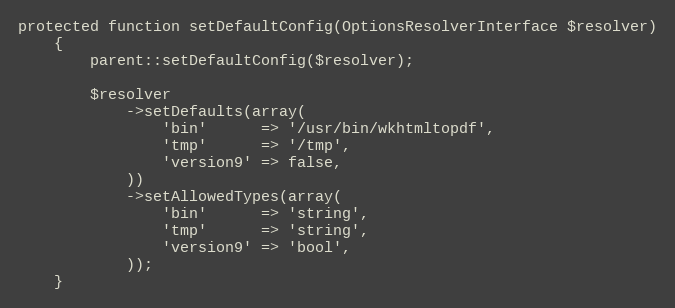
Language: PHP
protected function setDefaultConfig(OptionsResolverInterface $resolver)
    {
        parent::setDefaultConfig($resolver);

        $resolver
            ->setDefaults(array(
                'bin'      => '/usr/bin/wkhtmltopdf',
                'tmp'      => '/tmp',
                'version9' => false,
            ))
            ->setAllowedTypes(array(
                'bin'      => 'string',
                'tmp'      => 'string',
                'version9' => 'bool',
            ));
    }